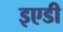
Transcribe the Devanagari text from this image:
इएडी